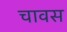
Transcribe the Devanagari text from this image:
चावस